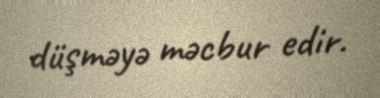
düşməyə məcbur edir.